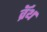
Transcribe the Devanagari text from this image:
व्रॅथ